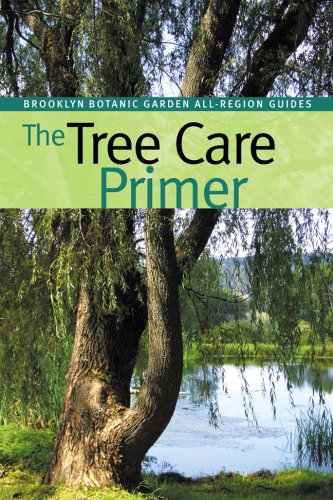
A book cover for The Tree Care Primer (Brooklyn Botanic Garden All-Region Guide); Christopher Roddick; Crafts, Hobbies & Home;